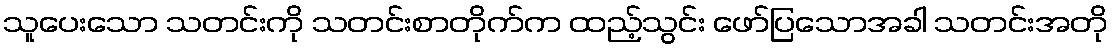
သူပေးသော သတင်းကို သတင်းစာတိုက်က ထည့်သွင်း ဖော်ပြသောအခါ သတင်းအတို